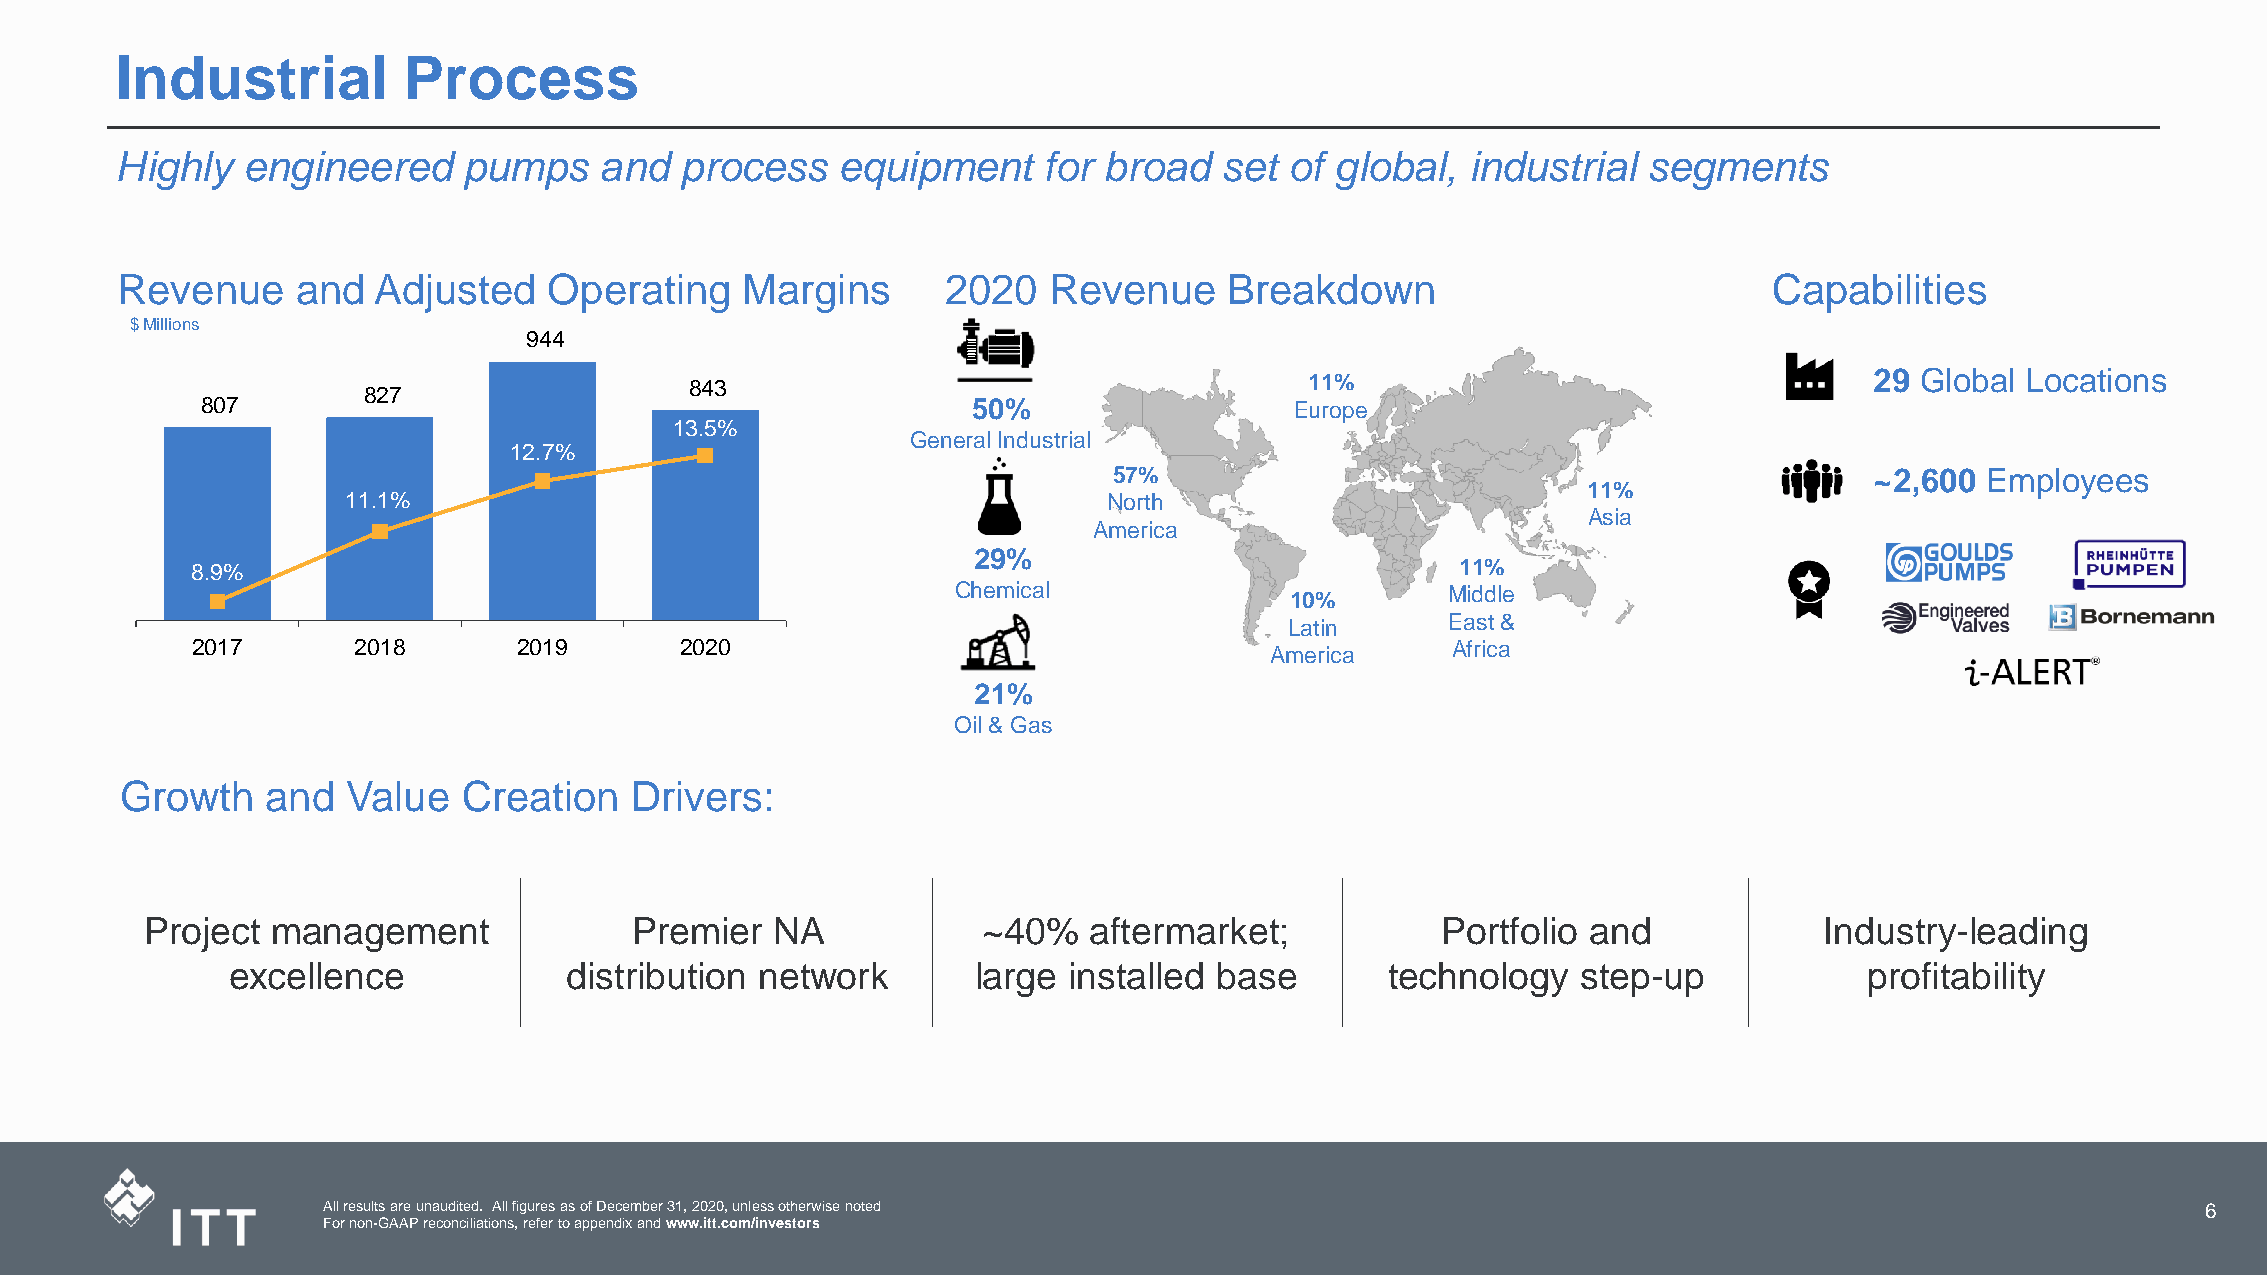
Industrial         Process
 Highly  engineered     pumps    and  process   equipment     for broad   set of global,  industrial  segments
 Revenue     and  Adjusted   Operating    Margins       2020  Revenue     Breakdown                           Capabilities
 $ Millions
 944
 29 Global Locations
 843                                      11%
 827
 807                                                50%                   Europe
 15%
 13.5%
 General Industrial
 12.7%                                             NA
 57%                                               ~2,600 Employees
 11%
 11.1%                                             North
 Asia
 America 21%
 29%             Asia
 8.9%                                                                                11%
 Chemical              10%  63%   Middle
 LatinEurope East &
 2017      2018       2019       2020                                   America     Africa
 21%
 Oil & Gas
 Growth    and  Value   Creation   Drivers:
 Project management              Premier  NA            ~40%   aftermarket;           Portfolio and             Industry-leading
 excellence            distribution network        large installed base       technology   step-up            profitability
 All results are unaudited. All figures as of December 31, 2020, unless otherwise noted                 3                     6
 For non-GAAP reconciliations, refer to appendix and www.itt.com/investors